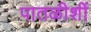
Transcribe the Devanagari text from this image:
पातळीशीं